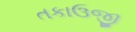
તકાઉજી